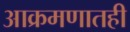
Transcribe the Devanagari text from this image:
आक्रमणातही